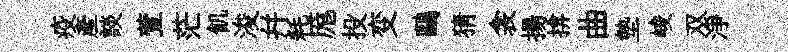
疫産談萱茫飢浚幷耗厖投变鷗猜衾揚揜曲墊峻双淨